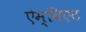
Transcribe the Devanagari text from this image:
ऐम्बिएंट